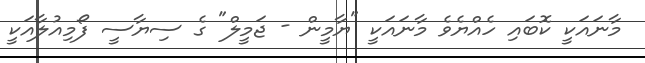
މާނައަކީ ކޮބައި ހެއްޔެވެ މާނައަކީ "ޔާމީން - ޖަމީލް" ގެ ސިޔާސީ ފޯމިއުލާއަކީ